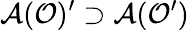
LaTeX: \mathcal{A}(\mathcal{O})^{\prime}\supset\mathcal{A}(\mathcal{O}^{\prime})